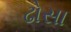
ઢોસા